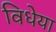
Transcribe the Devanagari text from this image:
विधेया